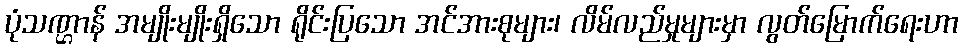
ပုံသဏ္ဌာန် အမျိုးမျိုးရှိသော ရိုင်းပြသော အင်အားစုများ၊ လိမ်လည်မှုများမှာ လွတ်မြောက်ရေးဟာ